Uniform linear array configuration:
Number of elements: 48
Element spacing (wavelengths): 1
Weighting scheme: kaiser
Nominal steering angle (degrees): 30
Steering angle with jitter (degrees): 29.441
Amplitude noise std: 0.05
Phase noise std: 0.05

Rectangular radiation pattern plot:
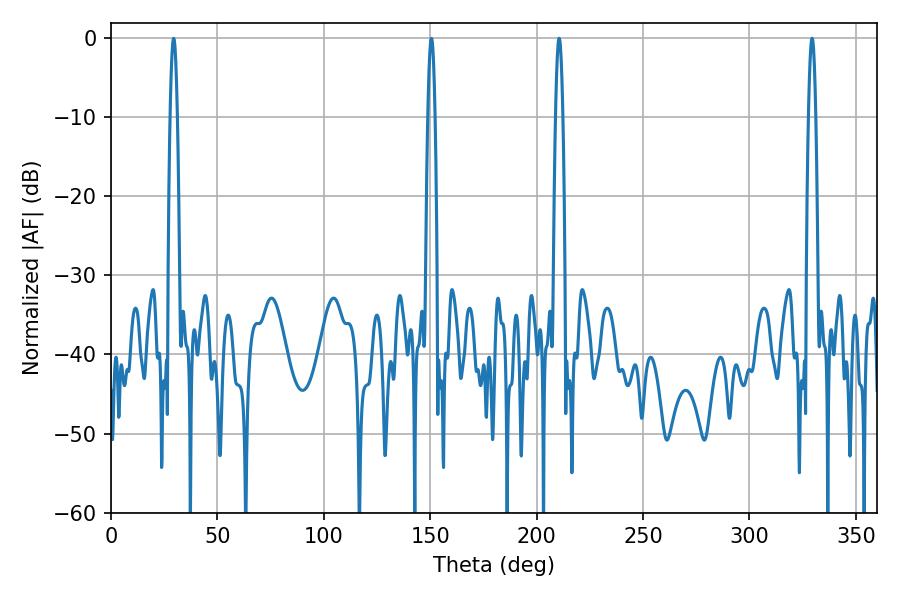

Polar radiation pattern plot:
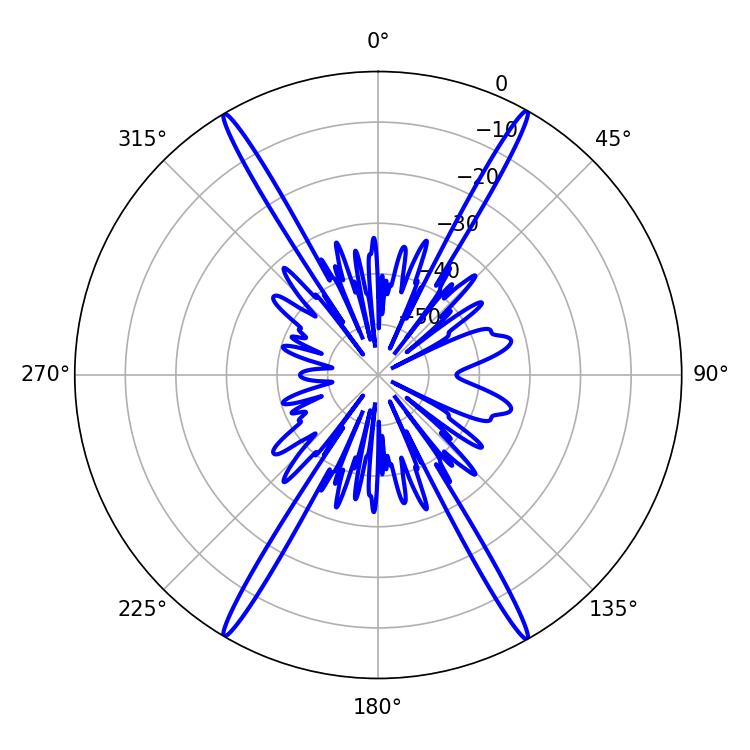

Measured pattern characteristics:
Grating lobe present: TRUE
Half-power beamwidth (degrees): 1.8
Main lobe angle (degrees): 210.6